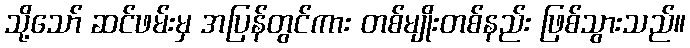
သို့သော် ဆင်ဖမ်းမှ အပြန်တွင်ကား တစ်မျိုးတစ်နည်း ဖြစ်သွားသည်။